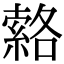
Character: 𦃆